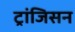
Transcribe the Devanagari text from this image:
ट्रांजिसन